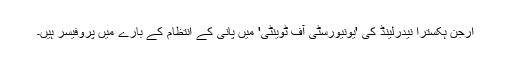
ارجن ہکسترا نیدرلینڈ کی 'یونیورسٹی آف ٹوینٹی' میں پانی کے انتظام کے بارے میں پروفیسر ہیں۔